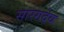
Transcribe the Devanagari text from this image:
सारगदेव